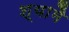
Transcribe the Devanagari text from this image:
श्यामै